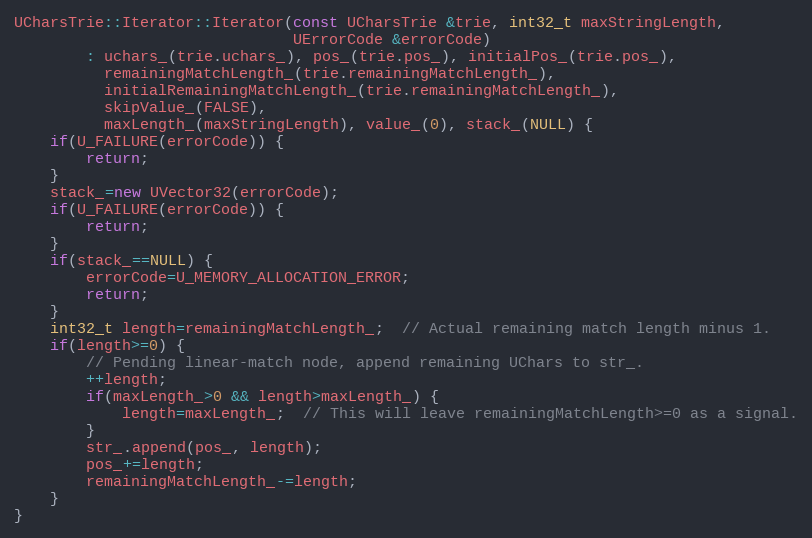
Language: C++
UCharsTrie::Iterator::Iterator(const UCharsTrie &trie, int32_t maxStringLength,
                               UErrorCode &errorCode)
        : uchars_(trie.uchars_), pos_(trie.pos_), initialPos_(trie.pos_),
          remainingMatchLength_(trie.remainingMatchLength_),
          initialRemainingMatchLength_(trie.remainingMatchLength_),
          skipValue_(FALSE),
          maxLength_(maxStringLength), value_(0), stack_(NULL) {
    if(U_FAILURE(errorCode)) {
        return;
    }
    stack_=new UVector32(errorCode);
    if(U_FAILURE(errorCode)) {
        return;
    }
    if(stack_==NULL) {
        errorCode=U_MEMORY_ALLOCATION_ERROR;
        return;
    }
    int32_t length=remainingMatchLength_;  // Actual remaining match length minus 1.
    if(length>=0) {
        // Pending linear-match node, append remaining UChars to str_.
        ++length;
        if(maxLength_>0 && length>maxLength_) {
            length=maxLength_;  // This will leave remainingMatchLength>=0 as a signal.
        }
        str_.append(pos_, length);
        pos_+=length;
        remainingMatchLength_-=length;
    }
}